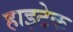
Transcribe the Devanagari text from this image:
हाइटेक